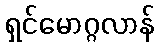
ရှင်မောဂ္ဂလာန်